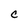
Character: C